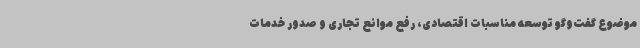
موضوع گفت‌وگو توسعه مناسبات اقتصادی، رفع موانع تجاری و صدور خدمات